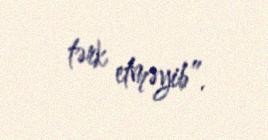
tərk etməyib”.